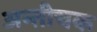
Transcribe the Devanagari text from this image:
अन्तीचक